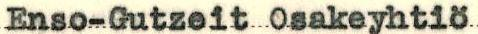
Enso-Gutzeit Osakeyhtiö